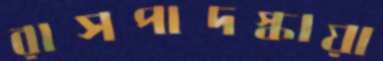
রাসপাদস্কায়া